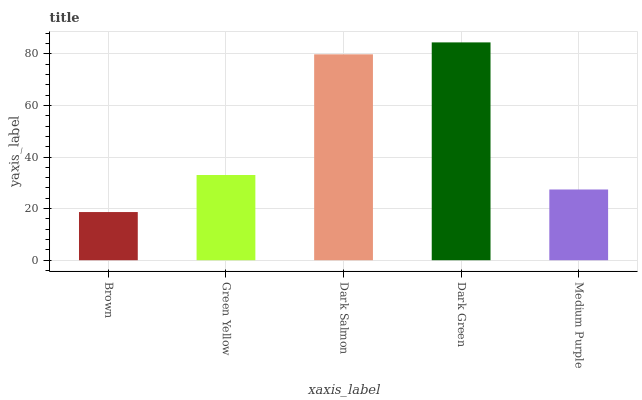
| xaxis_label | bars |
 | --- | --- |
 | Brown | 18.7 |
 | Green Yellow | 33 |
 | Dark Salmon | 79.8 |
 | Dark Green | 84.4 |
 | Medium Purple | 27.4 |